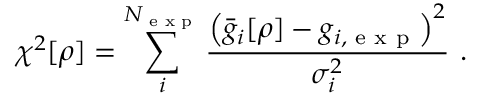
\chi ^ { 2 } [ \rho ] = \sum _ { i } ^ { N _ { \textrm { e x p } } } \frac { \left( \bar { g } _ { i } [ \rho ] - g _ { i , \textrm { e x p } } \right) ^ { 2 } } { \sigma _ { i } ^ { 2 } } ~ .